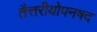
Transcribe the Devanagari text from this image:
तैत्तरीयोपनषद